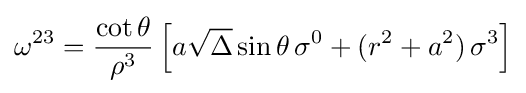
\omega ^{23}={\frac {\cot \theta }{\rho ^{3}}}\left[a{\sqrt {\Delta }}\sin \theta \,\sigma ^{0}+(r^{2}+a^{2})\,\sigma ^{3}\right]